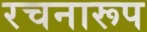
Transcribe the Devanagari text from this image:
रचनारूप